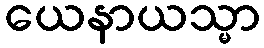
ယေနာယသ္မာ